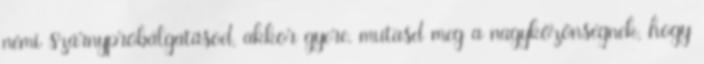
némi szárnypróbálgatásod, akkor gyere, mutasd meg a nagyközönségnek, hogy